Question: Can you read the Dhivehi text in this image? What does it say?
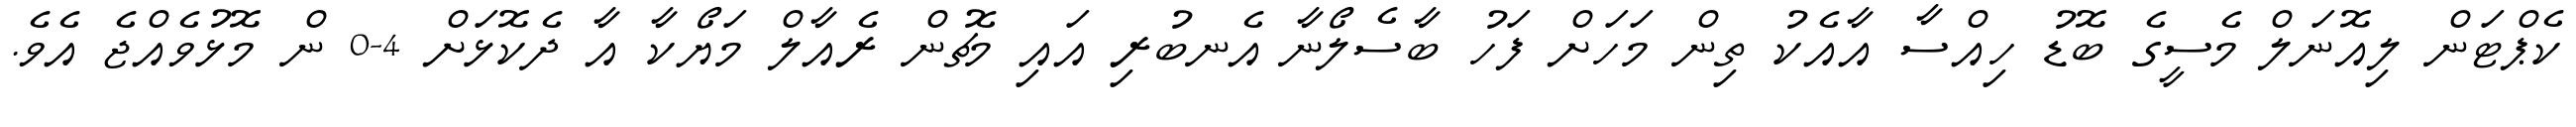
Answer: ކެޕްޓަން ލިއޮނަލް މެސީގެ ބޮޑު ހިއްސާ އާއެކު ތިން މަހަށް ފަހު ބާސެލޯނާ އެނބުރި އައި މެޗުން ރެއާލް މަޔޯކާ އާ ދެކޮޅަށް 4-0 ން މޮޅުވެއްޖެ އެވެ.